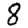
Digit: 8